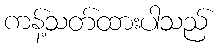
ကန့်သတ်ထားပါသည်